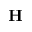
\textbf { H }